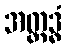
အတ္ထဒ္ဓံ